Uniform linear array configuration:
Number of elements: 12
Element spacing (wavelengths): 0.5
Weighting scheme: binomial
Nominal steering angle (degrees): -60
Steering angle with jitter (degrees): -58.073
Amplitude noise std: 0.05
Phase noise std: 0.05

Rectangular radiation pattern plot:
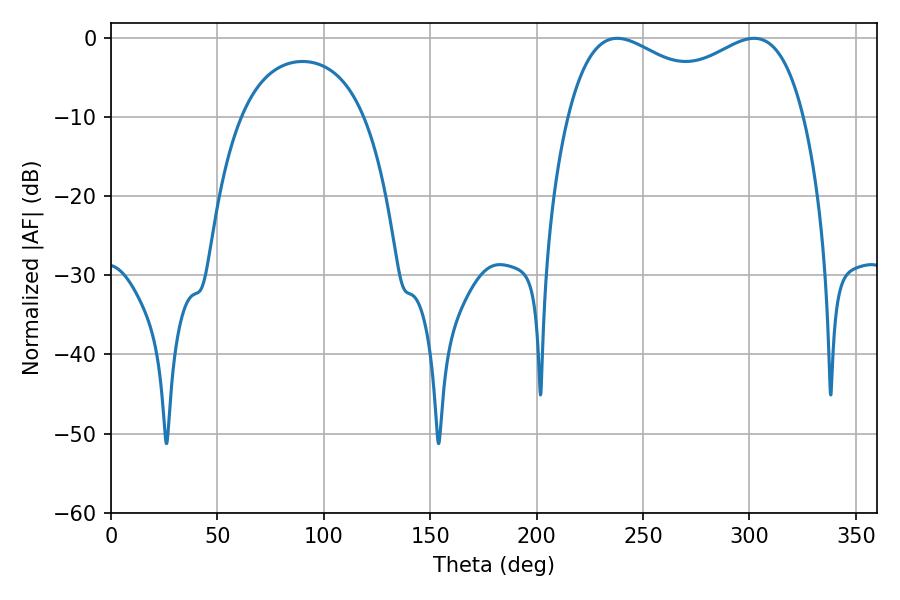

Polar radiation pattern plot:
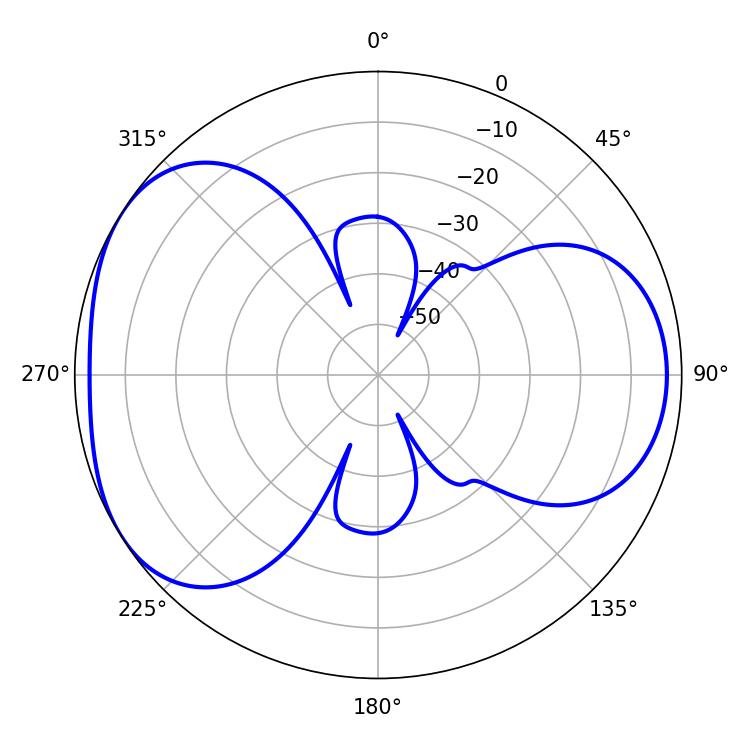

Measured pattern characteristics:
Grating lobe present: FALSE
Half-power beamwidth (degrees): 92.52
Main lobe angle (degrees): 237.78